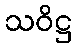
သဝိဋ္ဌ